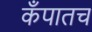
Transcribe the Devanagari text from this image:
कँपातच